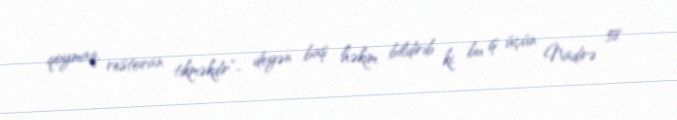
qoymaq, restoran tikməkdir”- deyən baş həkim bildirib ki, bu iş üçün Nadirə 58